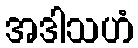
အဒါသဟံ